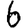
Digit: 6